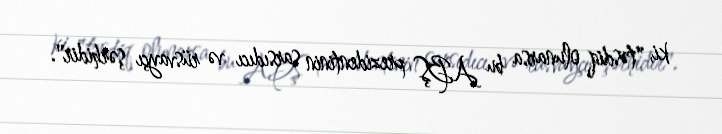
ki, "təsdiq olunarsa bu ABŞ prezidentinin sarsıdıcı və rüsvayçı şərhidir".